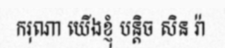
ករុណា យើងខ្ញុំ បន្តិច សិន រ៉ា